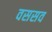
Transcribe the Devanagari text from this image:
वससव